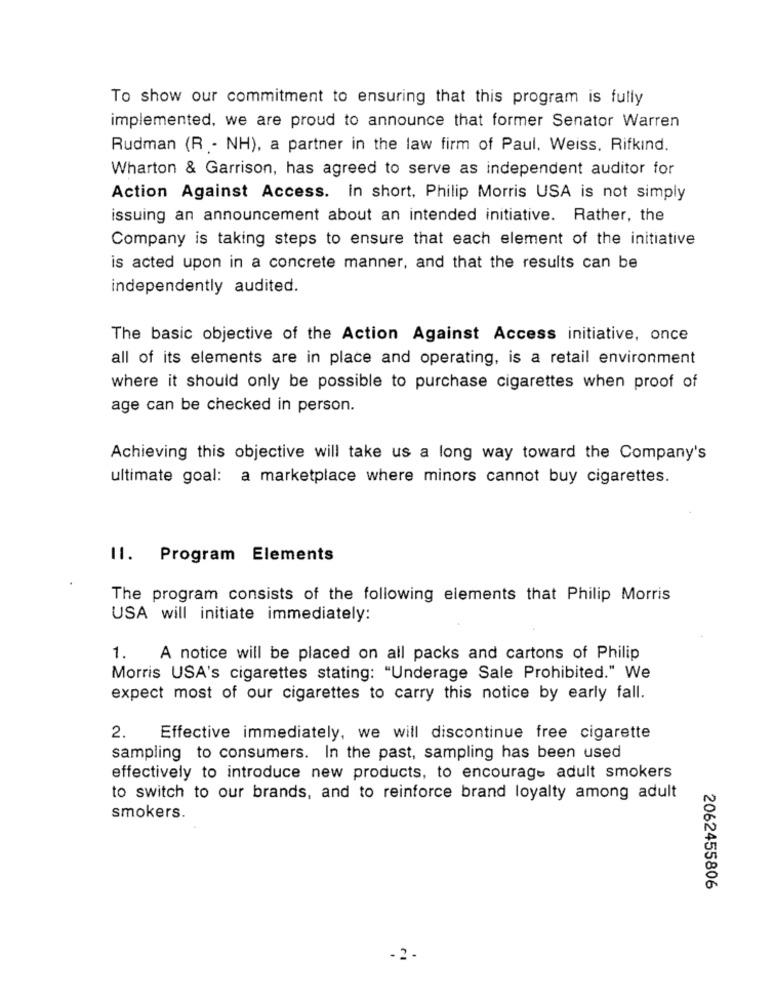
To show our commitment to ensuring that this program is fully
implemented, we are proud to announce that former Senator Warren
Rudman (R - NH), a partner in the law firm of Paul, Weiss, Rifkind.
Wharton & Garrison, has agreed to serve as independent auditor for
Action Against Access. In short, Philip Morris USA is not simply
issuing an announcement about an intended initiative. Rather, the
Company is taking steps to ensure that each element of the initiative
is acted upon in a concrete manner, and that the results can be
independently audited.
The basic objective of the Action Against Access initiative, once
all of its elements are in place and operating, is a retail environment
where it should only be possible to purchase cigarettes when proof of
age can be checked in person.
Achieving this objective will take us a long way toward the Company's
ultimate goal: a marketplace where minors cannot buy cigarettes.
11. Program Elements
The program consists of the following elements that Philip Morris
USA will initiate immediately:
1.
A notice will be placed on all packs and cartons of Philip
Morris USA's cigarettes stating: "Underage Sale Prohibited." We
expect most of our cigarettes to carry this notice by early fall.
2.
Effective immediately, we will discontinue free cigarette
sampling to consumers. In the past, sampling has been used
effectively to introduce new products, to encourage adult smokers
to switch to our brands, and to reinforce brand loyalty among adult
smokers.
2062455806
-2 -